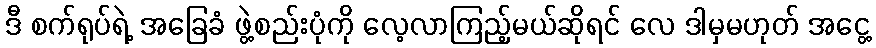
ဒီ စက်ရုပ်ရဲ့ အခြေခံ ဖွဲ့စည်းပုံကို လေ့လာကြည့်မယ်ဆိုရင် လေ ဒါမှမဟုတ် အငွေ့